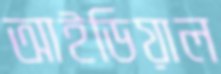
আইডিয়াল